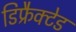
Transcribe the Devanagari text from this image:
डिफ्रैक्टेड